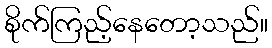
စိုက်ကြည့်နေတော့သည်။